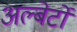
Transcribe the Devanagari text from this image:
अल्बेर्टों